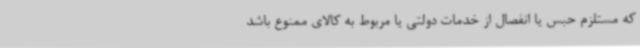
که مستلزم حبس یا انفصال از خدمات دولتی یا مربوط به کالای ممنوع باشد